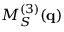
M _ { S } ^ { ( 3 ) } ( \mathbf { q } )